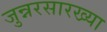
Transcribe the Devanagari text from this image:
जुन्नरसारख्या